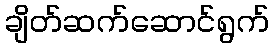
ချိတ်ဆက်ဆောင်ရွက်